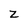
Character: Z